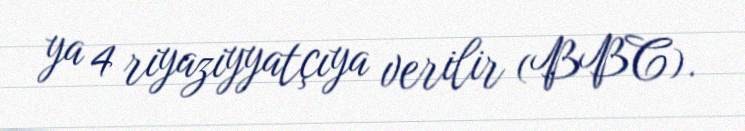
ya 4 riyaziyyatçıya verilir (BBC).